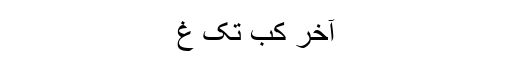
آخر کب تک غ